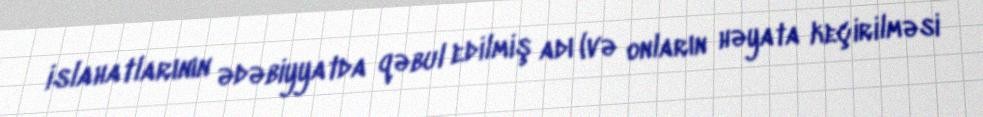
islahatlarının ədəbiyyatda qəbul edilmiş adı (və onların həyata keçirilməsi